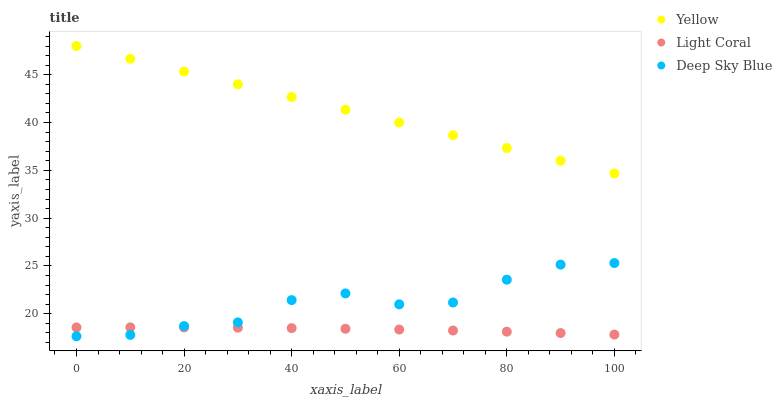
| xaxis_label | Yellow | Light Coral | Deep Sky Blue |
 | --- | --- | --- | --- |
 | 0 | 48 | 18.6 | 17.6 |
 | 10 | 46.7 | 18.6 | 17.8 |
 | 20 | 45.3 | 18.6 | 18.7 |
 | 30 | 44 | 18.5 | 19.1 |
 | 40 | 42.7 | 18.5 | 21.4 |
 | 50 | 41.3 | 18.4 | 22.1 |
 | 60 | 40 | 18.4 | 21 |
 | 70 | 38.7 | 18.2 | 21.2 |
 | 80 | 37.3 | 18.1 | 23.6 |
 | 90 | 36 | 18 | 25.1 |
 | 100 | 34.7 | 17.8 | 25.3 |